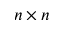
n \times n